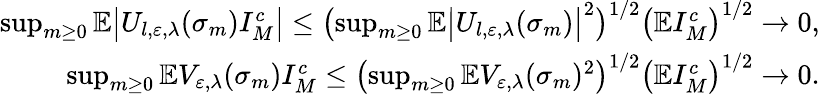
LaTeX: \begin{array}{r}{\operatorname*{sup}_{m\geq 0}\mathbb E\bigl|U_{l,\varepsilon,\lambda}(\sigma_{m})I_{M}^{c}\bigr|\leq\bigl(\operatorname*{sup}_{m\geq 0}\mathbb E\bigl|U_{l,\varepsilon,\lambda}(\sigma_{m})\bigr|^{2}\bigr)^{1/2}\bigl(\mathbb EI_{M}^{c}\bigr)^{1/2}\to 0,}\\ {\operatorname*{sup}_{m\geq 0}\mathbb EV_{\varepsilon,\lambda}(\sigma_{m})I_{M}^{c}\leq\bigl(\operatorname*{sup}_{m\geq 0}\mathbb EV_{\varepsilon,\lambda}(\sigma_{m})^{2}\bigr)^{1/2}\bigl(\mathbb EI_{M}^{c}\bigr)^{1/2}\to 0.}\end{array}